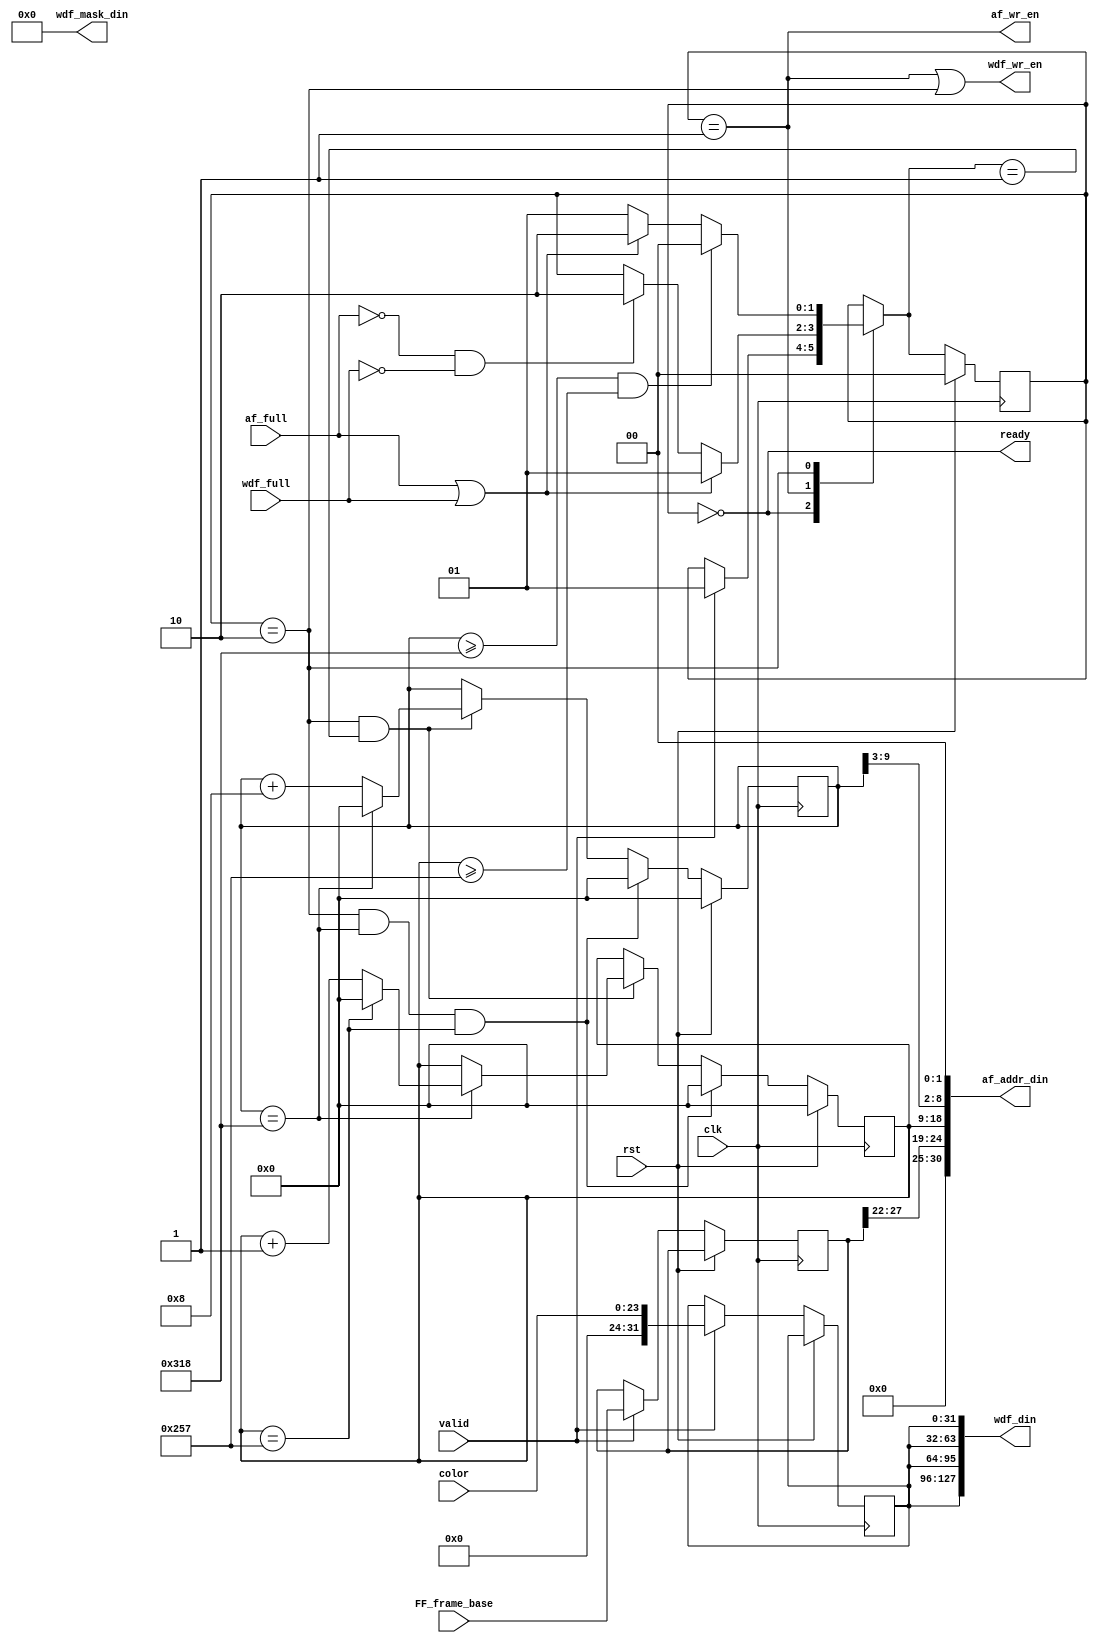
module FrameFiller(//system:
 input             clk,
  input             rst,
  // fill control:
  input             valid,
  input [23:0]      color,
  // ddr2 fifo control:
  input             af_full,
  input             wdf_full,
  // ddr2 fifo outputs:
  output [127:0]    wdf_din,
  output            wdf_wr_en,
  output [30:0]     af_addr_din,
  output            af_wr_en,
  output [15:0]     wdf_mask_din,
  // handshaking:
  output            ready,
  //Frame_Select
  input [31:0] FF_frame_base
);				

	reg [1:0] cs, ns;
	reg [31:0] pixel_data;
	reg [9:0] x, y;
	reg [31:0] frameBase;
	
	localparam IDLE = 2'd0;
	localparam FILL1 = 2'd1;
	localparam FILL2 = 2'd2;

	always @( posedge clk ) begin
		if(rst) begin
		    cs <= IDLE;
			  x <= 10'd0;
			  y <= 10'd0;
		end
		else begin
	      cs <= ns;
			  if(valid)begin
			      pixel_data = { 8'd0, color };
            frameBase = FF_frame_base;
        end
			  if((cs == FILL2) && (ns == FILL1)) begin
				    if (x == 10'd792) begin
				        x <= 10'd0;
						    if (y == 10'd599)
					          y <= 10'd0;
						    else
							      y <= y + 10'd1;		
				    end
				    else 
				        x <= x + 10'd8;	
			  end 
			  if ((cs == FILL2 ) && (x == 10'd792 ) && ( y == 10'd599 )) begin
				    x <= 10'd0;
				    y <= 10'd0;
			  end					
		 end 
	 end 

	always @( * ) begin
		ns = cs;
		case ( cs )
			IDLE 		: ns = valid ? FILL1 : cs;							
			FILL1	:	if ( af_full || wdf_full ) 
									ns = FILL1;
							else if ( !af_full && !wdf_full )
									ns = FILL2;
			FILL2	:	if (( x >= 10'd792) && (y >= 10'd599 ))
									ns = IDLE;
								else if ( af_full || wdf_full )
									ns = FILL2;								
								else 
									ns = FILL1;
		endcase
	end 
	
	assign 	af_wr_en	= (cs == FILL1);
	assign 	wdf_din = {4{pixel_data}};
	assign 	wdf_wr_en	=	(cs == FILL1) || (cs == FILL2);
	assign	af_addr_din	=	{6'd0, frameBase[27:22], y, x[9:3], 2'b00 };
	assign 	wdf_mask_din = 16'd0;	
	assign 	ready = (cs == IDLE);	

endmodule